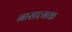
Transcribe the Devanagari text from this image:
नासात्मक